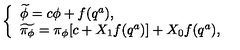
\left\{ \begin{array} { l } { \widetilde { \phi } = c \phi + f ( q ^ { a } ) , } \\ { \widetilde { \pi _ { \phi } } = \pi _ { \phi } [ c + X _ { 1 } f ( q ^ { a } ) ] + X _ { 0 } f ( q ^ { a } ) , } \\ \end{array} \right.